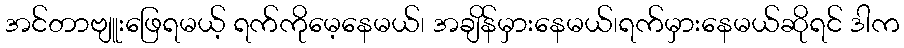
အင်တာဗျူးဖြေရမယ့် ရက်ကိုမေ့နေမယ်၊ အချိန်မှားနေမယ်၊ရက်မှားနေမယ်ဆိုရင် ဒါက